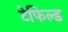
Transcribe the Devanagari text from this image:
टेफिल्ड